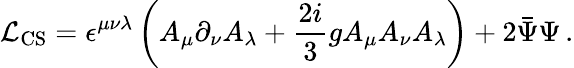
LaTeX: {\cal L}_{\mathrm{CS}}=\epsilon^{\mu\nu\lambda}\left(A_{\mu}\partial_{\nu}A_{\lambda}+\frac{2i}{3}gA_{\mu}A_{\nu}A_{\lambda}\right)+2\bar{\Psi}\Psi\, .